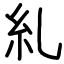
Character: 糺